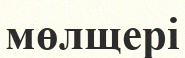
мөлщері